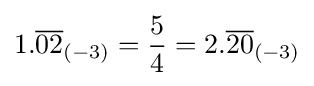
1.{\overline {02}}_{(-3)}={\frac {5}{4}}=2.{\overline {20}}_{(-3)}